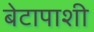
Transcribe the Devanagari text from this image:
बेटापाशी